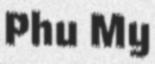
Phu My